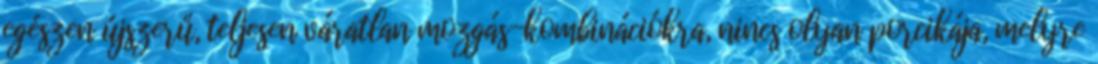
egészen újszerű, teljesen váratlan mozgás-kombinációkra, nincs olyan porcikája, melyre